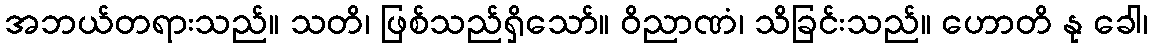
အဘယ်တရားသည်။ သတိ၊ ဖြစ်သည်ရှိသော်။ ဝိညာဏံ၊ သိခြင်းသည်။ ဟောတိ နု ခေါ၊